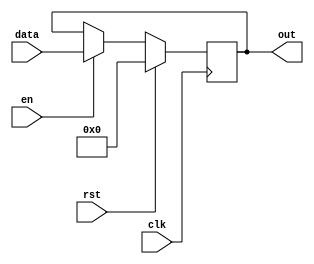
module registerChecker_7 (
    input clk,
    input en,
    input rst,
    input [5:0] data,
    output reg [5:0] out
  );
  
  
  
  reg [5:0] M_regs_d, M_regs_q = 1'h0;
  
  always @* begin
    M_regs_d = M_regs_q;
    
    if (en == 1'h1) begin
      M_regs_d = data;
    end else begin
      M_regs_d = M_regs_q;
    end
    out = M_regs_q;
  end
  
  always @(posedge clk) begin
    if (rst == 1'b1) begin
      M_regs_q <= 1'h0;
    end else begin
      M_regs_q <= M_regs_d;
    end
  end
  
endmodule